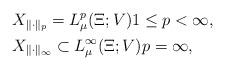
LaTeX: \begin{align*}&X_{\Vert\cdot\Vert_p} = L^p_\mu(\Xi;V) 1\le p<\infty, \\&X_{\Vert\cdot\Vert_{\infty}} \subset L^\infty_\mu(\Xi;V) p=\infty,\end{align*}